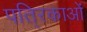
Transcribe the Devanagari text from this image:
पति्रकाओं